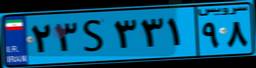
۲۳S۳۳۱۹۸